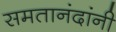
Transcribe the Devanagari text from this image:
समतानंदांनी